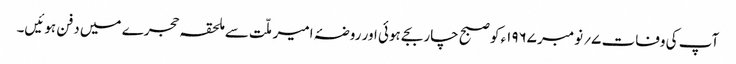
آپ کی وفات ۷؍ نومبر ۱۹۶۷ء کو صبح چار بجے ہوئی اور روضۂ امیر ملّت سے ملحقہ حجرے میں دفن ہوئیں۔